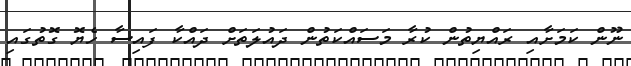
ނޫން ކަމަށާއި ރައްޔިތުން ކުރާ މަސައްކަތުން ދައުލަތަށް ދައްކާ ފައިސާ ހެޔޮ ގޮތުގައި